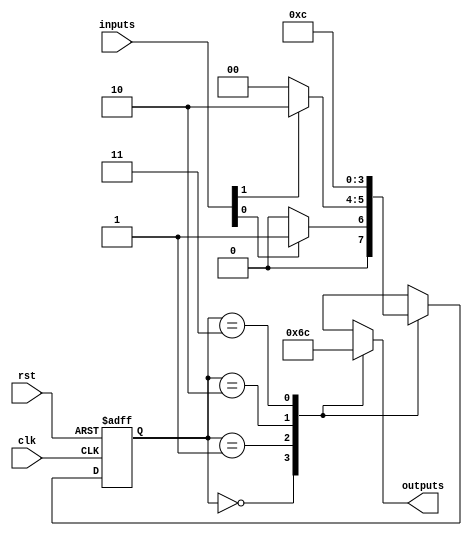
module ParameterizedStateMachine #(
    parameter NUM_STATES = 4,                  // Number of states
    parameter INPUT_WIDTH = 2,                  // Width of input signals
    parameter OUTPUT_WIDTH = 2,                 // Width of output signals
    parameter INITIAL_STATE = 2'b00             // Initial state encoding (adjust as needed)
)(
    input  wire clk,                            // Clock signal
    input  wire rst,                            // Reset signal
    input  wire [INPUT_WIDTH-1:0] inputs,      // Input signals
    output reg  [OUTPUT_WIDTH-1:0] outputs      // Output signals
);

    // Define state encoding using localparam
    localparam [1:0] STATE_A = 2'b00,
                     STATE_B = 2'b01,
                     STATE_C = 2'b10,
                     STATE_D = 2'b11;

    // State variable to hold current state
    reg [1:0] current_state, next_state;

    // State transition logic (combinational)
    always @(*) begin
        case (current_state)
            STATE_A: begin
                if (inputs[0])
                    next_state = STATE_B;
                else
                    next_state = STATE_A;
            end

            STATE_B: begin
                if (inputs[1])
                    next_state = STATE_C;
                else
                    next_state = STATE_A;
            end

            STATE_C: begin
                next_state = STATE_D; // Transition to D by default
            end

            STATE_D: begin
                next_state = STATE_A; // Transition back to A
            end

            default: next_state = INITIAL_STATE; // Fallback to initial state
        endcase
    end

    // Output logic (combinational)
    always @(*) begin
        case (current_state)
            STATE_A: outputs = 2'b01; // Outputs when in state A
            STATE_B: outputs = 2'b10; // Outputs when in state B
            STATE_C: outputs = 2'b11; // Outputs when in state C
            STATE_D: outputs = 2'b00; // Outputs when in state D
            default: outputs = 2'b00;  // Default output
        endcase
    end

    // Sequential logic for state updating
    always @(posedge clk or posedge rst) begin
        if (rst) begin
            current_state <= INITIAL_STATE; // Reset to initial state
        end else begin
            current_state <= next_state; // Update state based on next state
        end
    end

endmodule